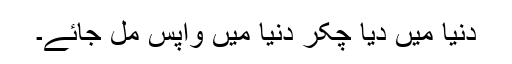
دنیا میں دیا چکّر دنیا میں واپس مل جائے۔